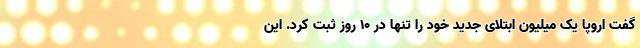
گفت اروپا یک میلیون ابتلای جدید خود را تنها در ۱۰ روز ثبت کرد. این